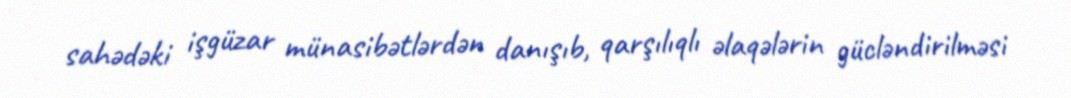
sahədəki işgüzar münasibətlərdən danışıb, qarşılıqlı əlaqələrin gücləndirilməsi